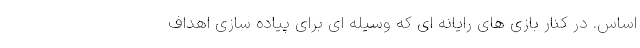
اساس. در کنار بازی های رایانه ای که وسیله ای برای پیاده سازی اهداف